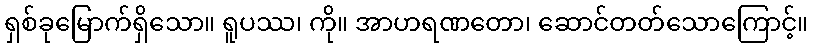
ရှစ်ခုမြောက်ရှိသော။ ရူပဿ၊ ကို။ အာဟရဏတော၊ ဆောင်တတ်သောကြောင့်။